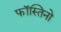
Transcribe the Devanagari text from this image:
फॉस्तिनो